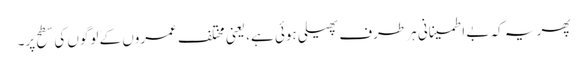
پھر یہ کہ بے اطمینانی ہر طرف پھیلی ہوئی ہے، یعنی مختلف عمروں کے لوگوں کی سطح پر۔